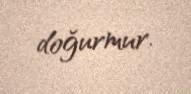
doğurmur.